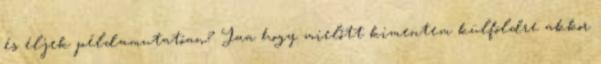
és éljek példamutatóan? Jaa hogy mielőtt kimentem külföldre akkor